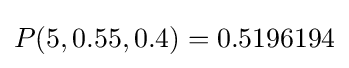
P(5,0.55,0.4)=0.5196194